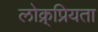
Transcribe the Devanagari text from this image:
लोक्र्प्रियता